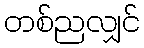
တစ်ညလျှင်